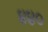
૪૪૦